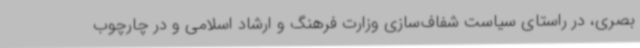
بصری، در راستای سیاست شفاف‌سازی وزارت فرهنگ و ارشاد اسلامی و در چارچوب